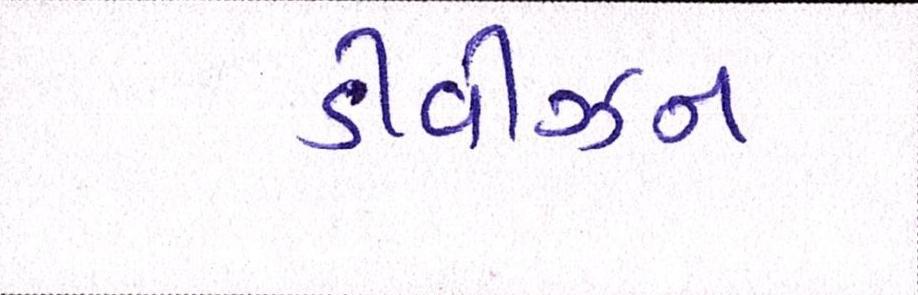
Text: ડીવીઝન